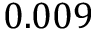
0 . 0 0 9